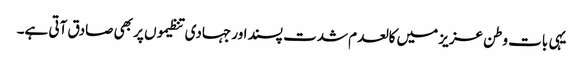
یہی بات وطن عزیز میں کالعدم شدت پسند اور جہادی تنظیموں پر بھی صادق آتی ہے۔